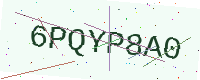
Text: 6PQYP8A0